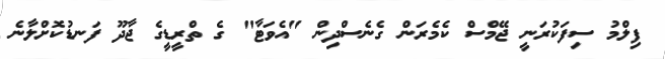
ފިލްމު ސިފަކުރަނީ ޖޭމްސް ކެމެރަން ގެނެސްދިން "އެވަޓާ" ގެ ތްރީޑީގެ ޖާދޫ ފަނޑުކޮށްލާނެ